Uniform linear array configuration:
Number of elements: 8
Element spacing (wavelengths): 0.25
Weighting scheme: kaiser
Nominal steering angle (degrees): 30
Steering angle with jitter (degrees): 29.477
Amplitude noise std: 0.05
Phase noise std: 0.05

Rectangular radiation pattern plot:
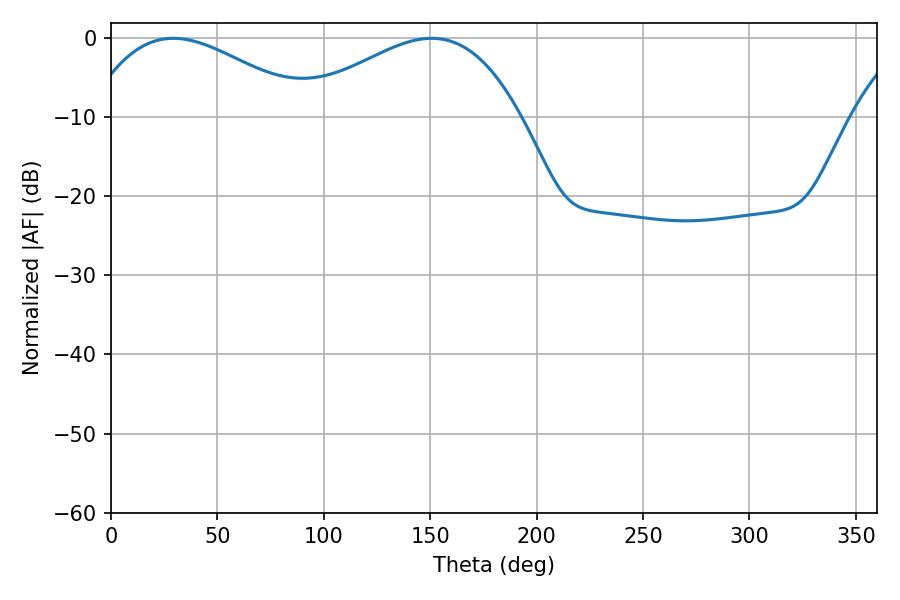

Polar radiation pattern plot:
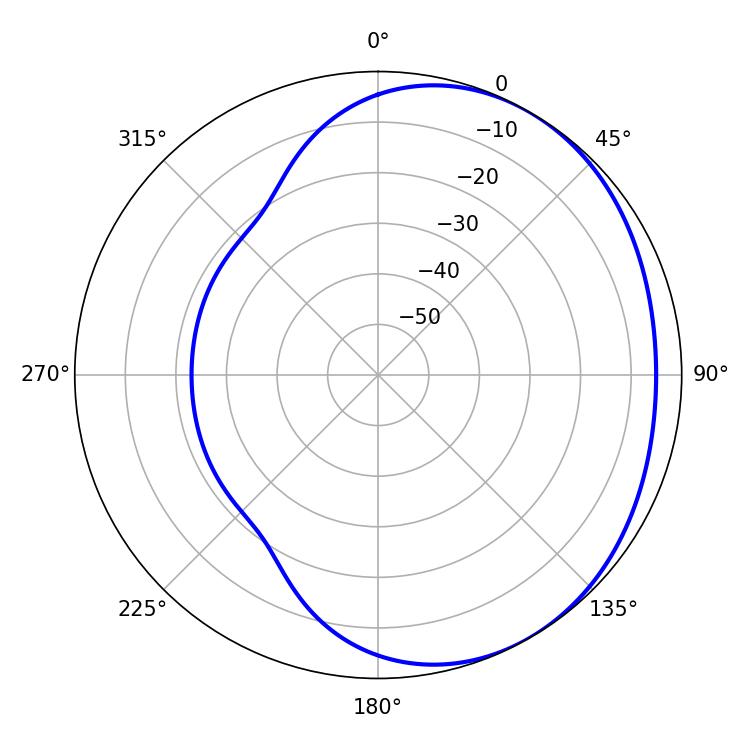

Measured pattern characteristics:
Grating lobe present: FALSE
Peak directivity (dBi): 2.37
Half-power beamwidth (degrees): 57.24
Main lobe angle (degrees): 29.34